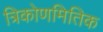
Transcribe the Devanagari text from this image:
त्रिकोणमितिक